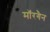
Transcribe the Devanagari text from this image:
मॉरगैन